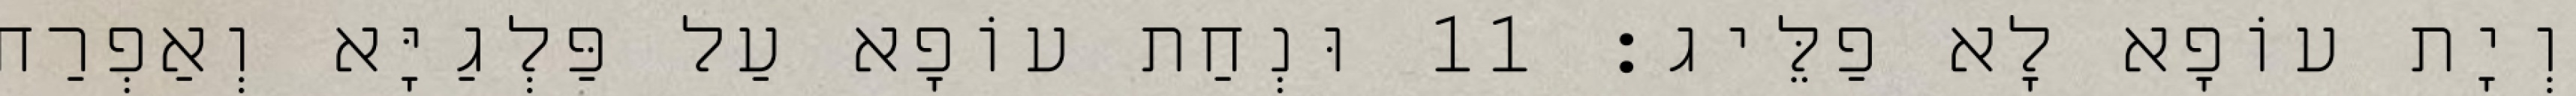
וְיָת עוֹפָא לָא פַלֵּיג׃ 11 וּנְחַת עוֹפָא עַל פַּלְגַיָּא וְאַפְרַח